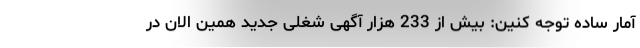
آمار ساده توجه کنین: بیش از 233 هزار آگهی شغلی جدید همین الان در